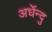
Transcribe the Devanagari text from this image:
अर्धेन्दु